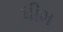
ધીમ